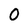
Character: 0